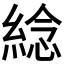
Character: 𦁤